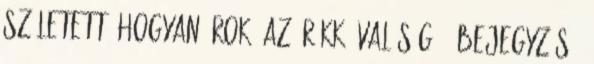
született. Hogyan írok? Az örökké valóság 3. Bejegyzés -